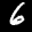
Label: 6